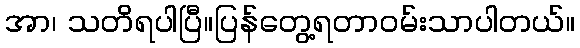
အာ၊ သတိရပါပြီ။ပြန်တွေ့ရတာဝမ်းသာပါတယ်။